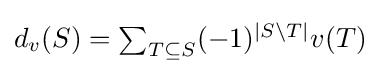
{\textstyle d_{v}(S)=\sum _{T\subseteq S}(-1)^{|S\setminus T|}v(T)}